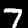
Digit: 7